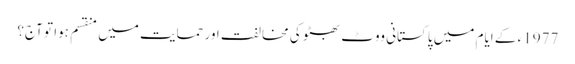
1977ء کے ایام میں پاکستانی ووٹ بھٹو کی مخالفت اور حمایت میں منقسم ہوا تو آج؟